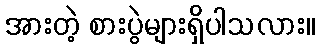
အားတဲ့ စားပွဲများရှိပါသလား။